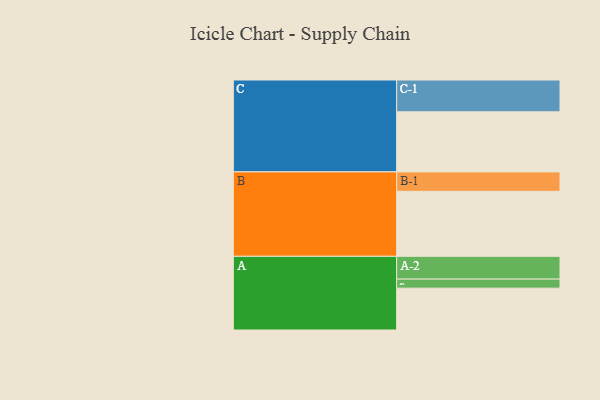
{"axis": {"x": "Segment", "y": "Value"}, "legend": ["", "A", "B", "C"], "data": [{"x": "A", "y": 338, "type": ""}, {"x": "B", "y": 525, "type": ""}, {"x": "C", "y": 485, "type": ""}, {"x": "A-1", "y": 73, "type": "A"}, {"x": "A-2", "y": 184, "type": "A"}, {"x": "B-1", "y": 157, "type": "B"}, {"x": "C-1", "y": 257, "type": "C"}]}